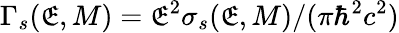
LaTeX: \Gamma_{s}(\mathfrak{E},M)=\mathfrak{E}^{2}\sigma_{s}(\mathfrak{E},M)/(\pi\hbar^{2}c^{2})